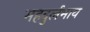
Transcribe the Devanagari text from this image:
महदुर्लभाय